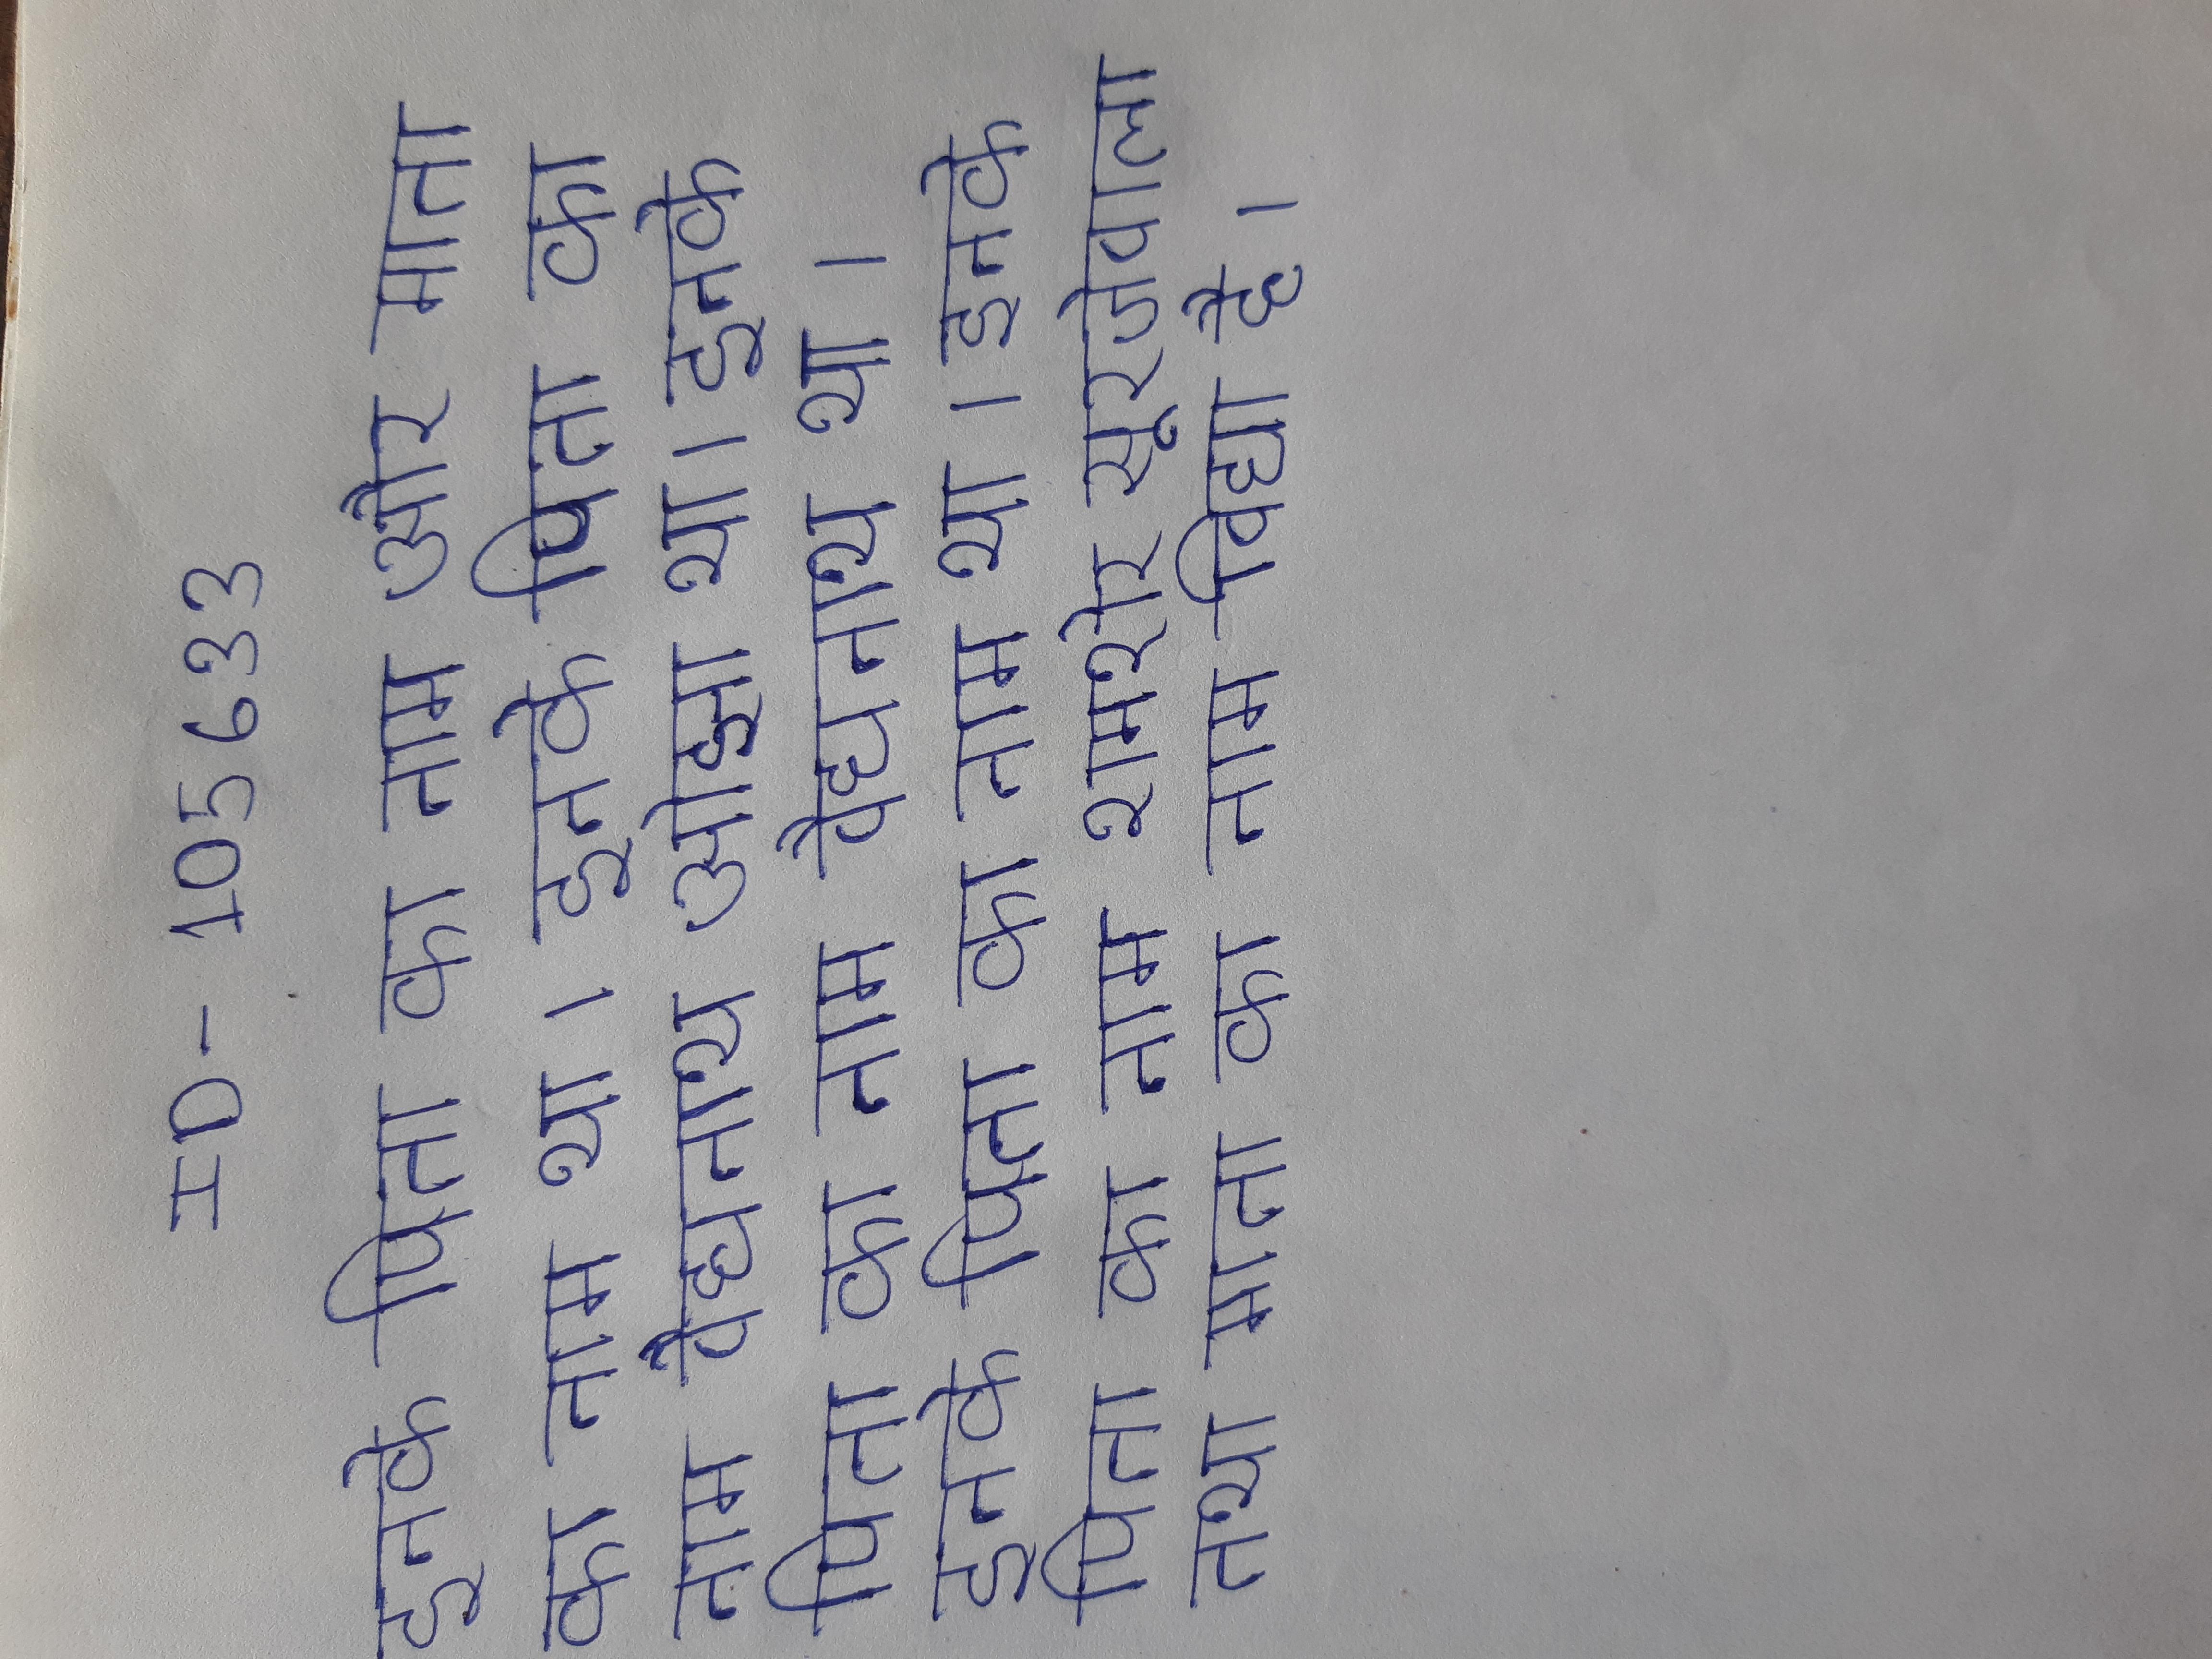
इनके पिता का नाम और माता का नाम था । इनके पिता का नाम वैद्यनाथ ओझा था । इनके पिता का नाम वैद्यनाथ था । इनके पिता का नाम था । इनके पिता का नाम शमशेर सुरजेवाला तथा माता का नाम विद्या है ।